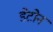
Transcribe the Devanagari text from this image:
डेटोन